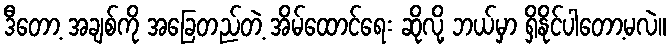
ဒီတော့ အချစ်ကို အခြေတည်တဲ့ အိမ်ထောင်ရေး ဆိုလို့ ဘယ်မှာ ရှိနိုင်ပါတော့မလဲ။